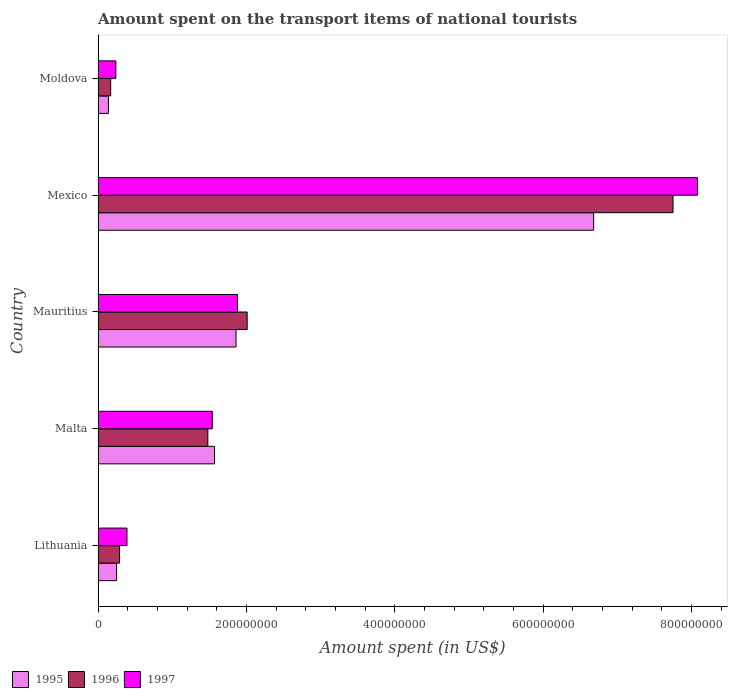
| Country | 1995 | 1996 | 1997 |
 | --- | --- | --- | --- |
 | Lithuania | 2.5e+07 | 2.9e+07 | 3.9e+07 |
 | Malta | 1.57e+08 | 1.48e+08 | 1.54e+08 |
 | Mauritius | 1.86e+08 | 2.01e+08 | 1.88e+08 |
 | Mexico | 6.68e+08 | 7.75e+08 | 8.08e+08 |
 | Moldova | 1.4e+07 | 1.7e+07 | 2.4e+07 |